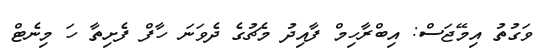
ވަގުތު އިމޭޖަސް: އިބްރާހިމް ފާއިދު މެޗުގެ ދެވަނަ ހާފް ފެށިތާ ހަ މިނެޓް